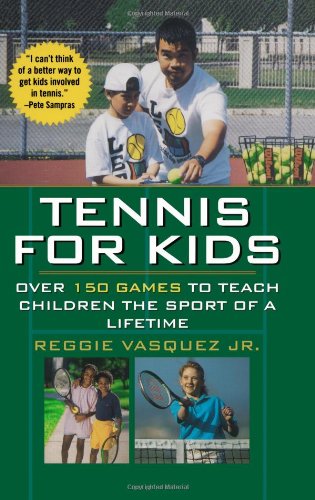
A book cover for Tennis For Kids: Over 150 Games to Teach Children the Sport of a Lifetime; Reggie Vasquez Jr.; Sports & Outdoors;